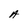
Character: A